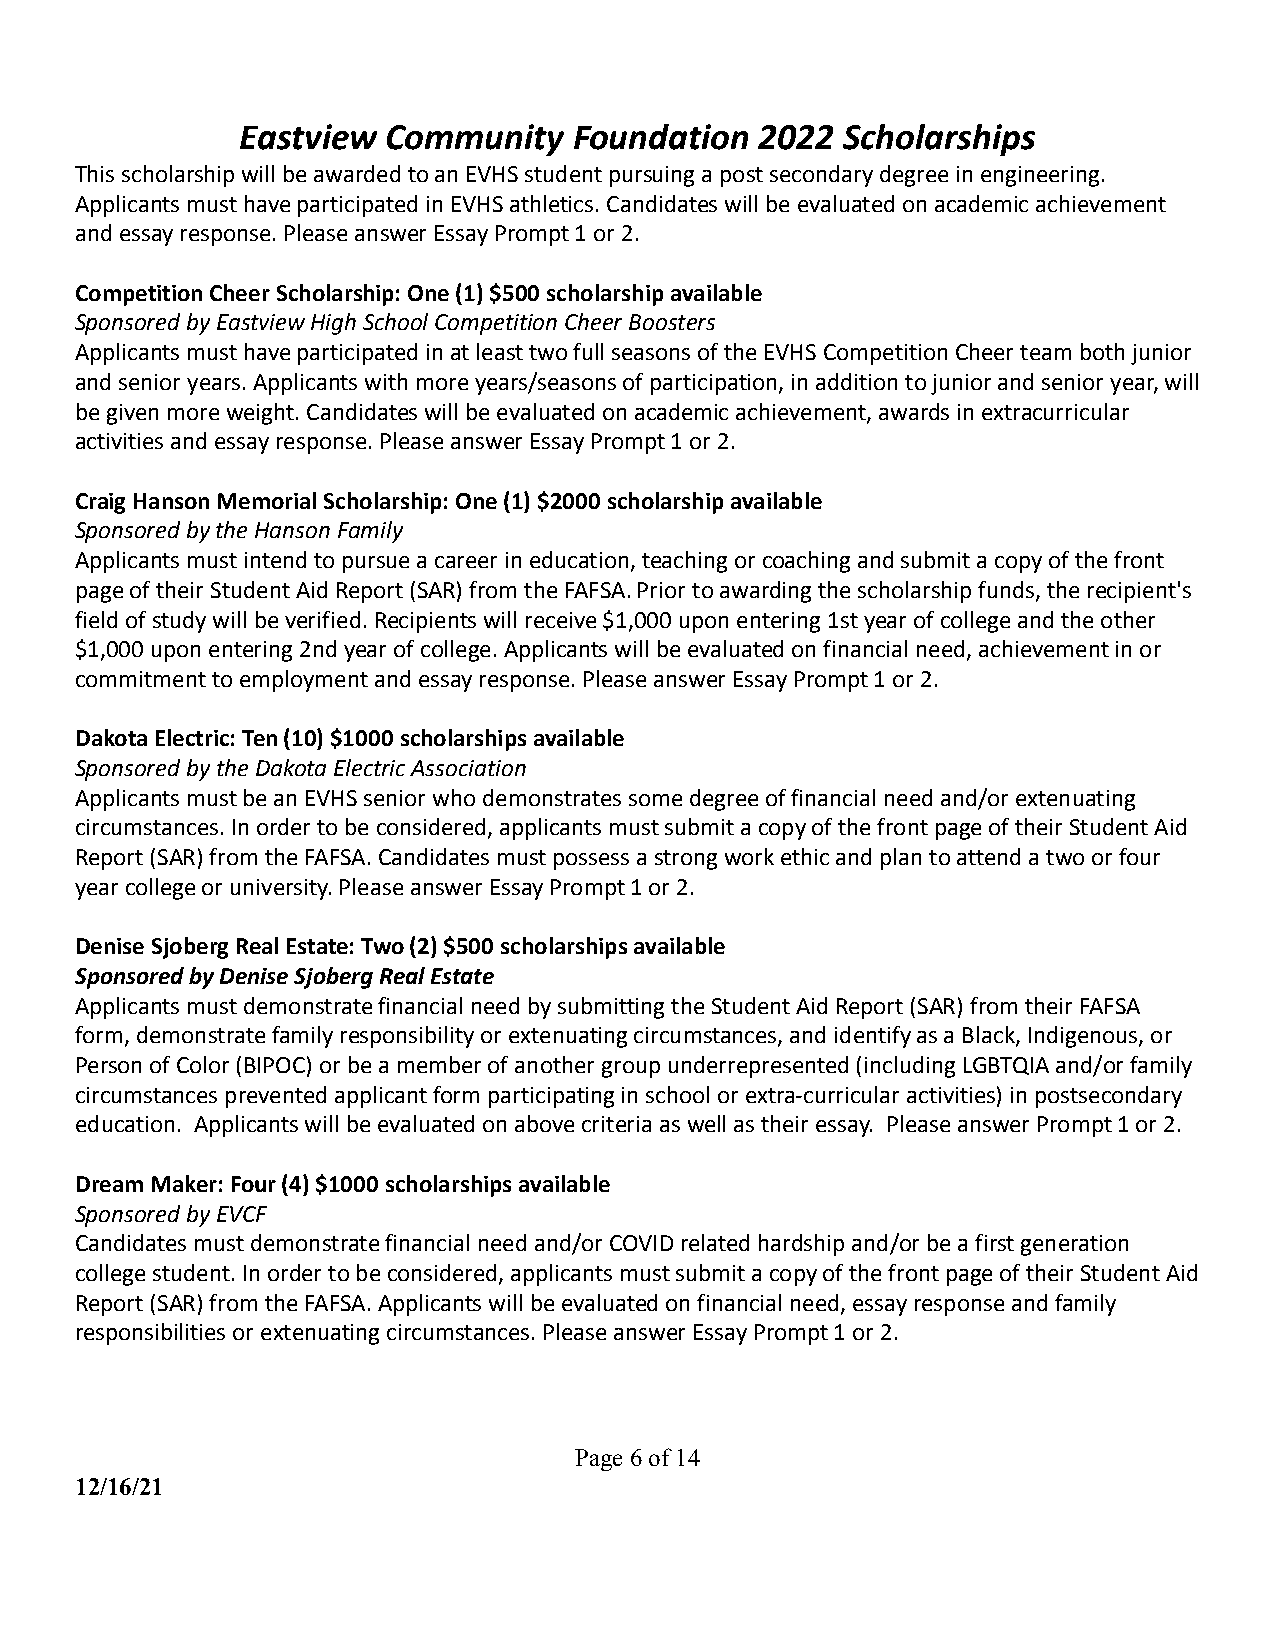
Eastview  Community   Foundation  2022  Scholarships
 This scholarship will be awarded to an EVHS student pursuing a post secondary degree in engineering.
 Applicants must have participated in EVHS athletics. Candidates will be evaluated on academic achievement
 and essay response. Please answer Essay Prompt 1 or 2.
 Competition Cheer Scholarship: One (1) $500 scholarship available
 Sponsored by Eastview High School Competition Cheer Boosters
 Applicants must have participated in at least two full seasons of the EVHS Competition Cheer team both junior
 and senior years. Applicants with more years/seasons of participation, in addition to junior and senior year, will
 be given more weight. Candidates will be evaluated on academic achievement, awards in extracurricular
 activities and essay response. Please answer Essay Prompt 1 or 2.
 Craig Hanson Memorial Scholarship: One (1) $2000 scholarship available
 Sponsored by the Hanson Family
 Applicants must intend to pursue a career in education, teaching or coaching and submit a copy of the front
 page of their Student Aid Report (SAR) from the FAFSA. Prior to awarding the scholarship funds, the recipient's
 field of study will be verified. Recipients will receive $1,000 upon entering 1st year of college and the other
 $1,000 upon entering 2nd year of college. Applicants will be evaluated on financial need, achievement in or
 commitment to employment and essay response. Please answer Essay Prompt 1 or 2.
 Dakota Electric: Ten (10) $1000 scholarships available
 Sponsored by the Dakota Electric Association
 Applicants must be an EVHS senior who demonstrates some degree of financial need and/or extenuating
 circumstances. In order to be considered, applicants must submit a copy of the front page of their Student Aid
 Report (SAR) from the FAFSA. Candidates must possess a strong work ethic and plan to attend a two or four
 year college or university. Please answer Essay Prompt 1 or 2.
 Denise Sjoberg Real Estate: Two (2) $500 scholarships available
 Sponsored by Denise Sjoberg Real Estate
 Applicants must demonstrate financial need by submitting the Student Aid Report (SAR) from their FAFSA
 form, demonstrate family responsibility or extenuating circumstances, and identify as a Black, Indigenous, or
 Person of Color (BIPOC) or be a member of another group underrepresented (including LGBTQIA and/or family
 circumstances prevented applicant form participating in school or extra-curricular activities) in postsecondary
 education. Applicants will be evaluated on above criteria as well as their essay. Please answer Prompt 1 or 2.
 Dream Maker: Four (4) $1000 scholarships available
 Sponsored by EVCF
 Candidates must demonstrate financial need and/or COVID related hardship and/or be a first generation
 college student. In order to be considered, applicants must submit a copy of the front page of their Student Aid
 Report (SAR) from the FAFSA. Applicants will be evaluated on financial need, essay response and family
 responsibilities or extenuating circumstances. Please answer Essay Prompt 1 or 2.
 Page6of14
 12/16/21